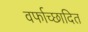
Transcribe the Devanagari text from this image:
वर्फाच्‍छादित